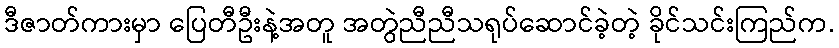
ဒီဇာတ်ကားမှာ ပြေတီဦးနဲ့အတူ အတွဲညီညီသရုပ်ဆောင်ခဲ့တဲ့ ခိုင်သင်းကြည်က.